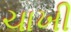
ચાખી